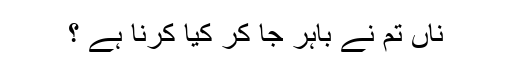
ناں تم نے باہر جا کر کیا کرنا ہے ؟